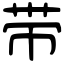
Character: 带